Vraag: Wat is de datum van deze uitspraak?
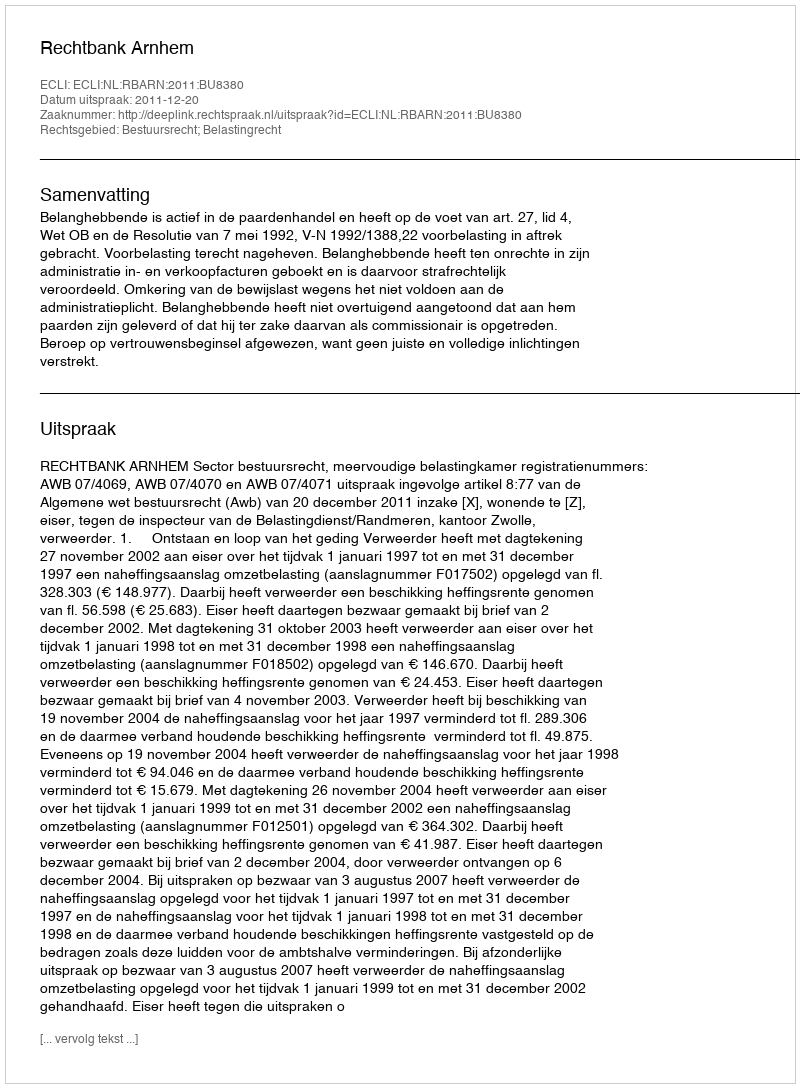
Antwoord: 2011-12-20